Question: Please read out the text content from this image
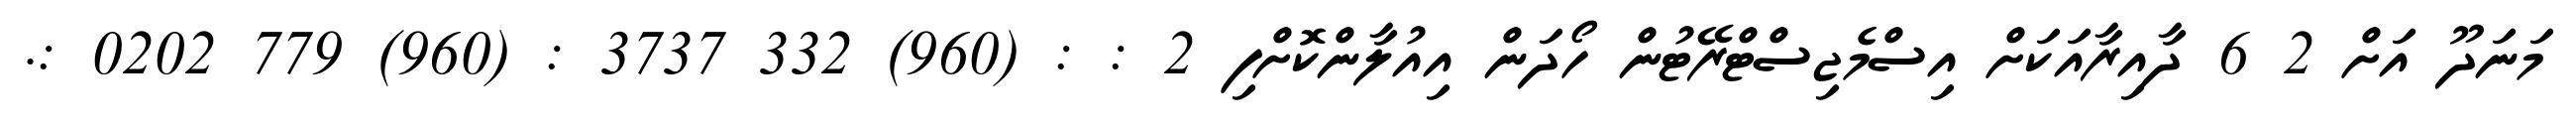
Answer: މަނަދޫ އަށް 2 6 ދާއިރާއަކަށް އިސްމެޖިސްޓްރޭޓުން ހޯދަން އިއުލާންކޮށްފި 2 : : (960) 332 3737 : (960) 779 0202 :.